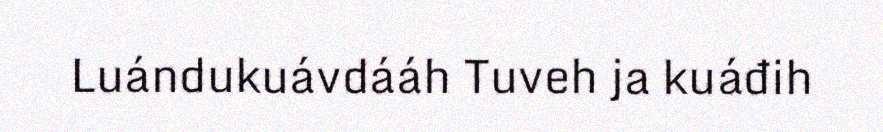
Luándukuávdááh Tuveh ja kuáđih